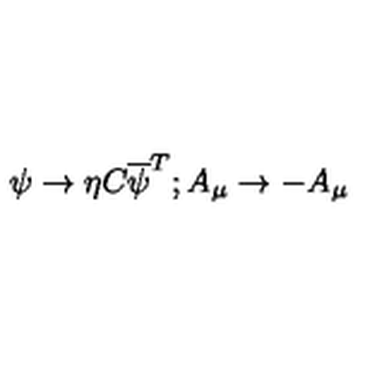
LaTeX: \psi \rightarrow \eta C \overline { { \psi } } ^ { T } ; A _ { \mu } \rightarrow - A _ { \mu }